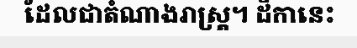
ដែលជាតំណាងរាស្ត្រ។ ដីកានេះ